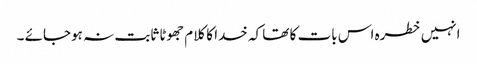
انہیں خطرہ اس بات کا تھا کہ خدا کا کلام جھوٹا ثابت نہ ہوجائے ۔